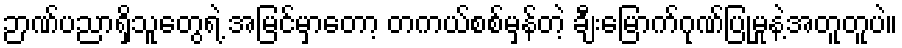
ဉာဏ်ပညာရှိသူတွေရဲ့ အမြင်မှာတော့ တကယ်စစ်မှန်တဲ့ ချီးမြောက်ဂုဏ်ပြုမှုနဲ့အတူတူပဲ။